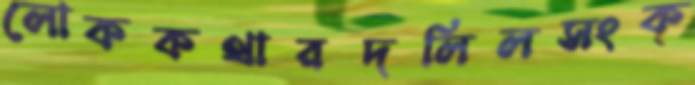
লোককথারদলিলসংক্